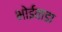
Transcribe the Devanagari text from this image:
भोईवाडा